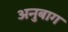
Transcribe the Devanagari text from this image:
अनुबाग